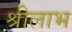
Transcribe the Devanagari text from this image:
श्रीलाभ